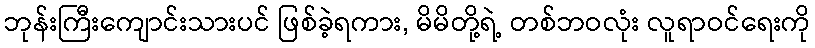
ဘုန်းကြီးကျောင်းသားပင် ဖြစ်ခဲ့ရကား, မိမိတို့ရဲ့ တစ်ဘဝလုံး လူရာဝင်ရေးကို